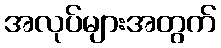
အလုပ်များအတွက်